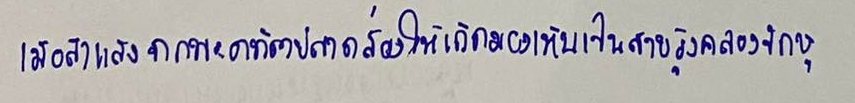
เมื่อลำแสงจากพระอาทิตย์สาดส่องให้เกิดมองเห็นเป็นสายรุ้งคลองจักษุ